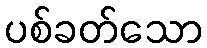
ပစ်ခတ်သော